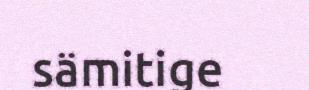
sämitige